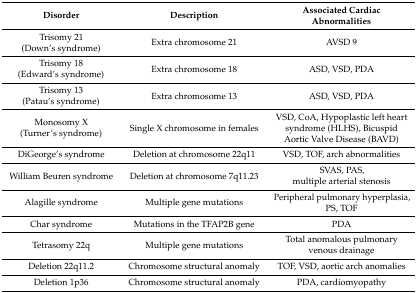
<table><thead><tr><td><b>Disorder</b></td><td><b>Description</b></td><td><b>Associated Cardiac Abnormalities</b></td></tr></thead><tbody><tr><td>Trisomy 21 (Down’s syndrome)</td><td>Extra chromosome 21</td><td>AVSD 9</td></tr><tr><td>Trisomy 18 (Edward’s syndrome)</td><td>Extra chromosome 18</td><td>ASD, VSD, PDA</td></tr><tr><td>Trisomy 13 (Patau’s syndrome)</td><td>Extra chromosome 13</td><td>ASD, VSD, PDA</td></tr><tr><td>Monosomy X (Turner’s syndrome)</td><td>Single X chromosome in females</td><td>VSD, CoA, Hypoplastic left heart syndrome (HLHS), Bicuspid Aortic Valve Disease (BAVD)</td></tr><tr><td>DiGeorge’s syndrome</td><td>Deletion at chromosome 22q11</td><td>VSD, TOF, arch abnormalities</td></tr><tr><td>William Beuren syndrome</td><td>Deletion at chromosome 7q11.23</td><td>SVAS, PAS, multiple arterial stenosis</td></tr><tr><td>Alagille syndrome</td><td>Multiple gene mutations</td><td>Peripheral pulmonary hyperplasia, PS, TOF</td></tr><tr><td>Char syndrome</td><td>Mutations in the TFAP2B gene</td><td>PDA</td></tr><tr><td>Tetrasomy 22q</td><td>Multiple gene mutations</td><td>Total anomalous pulmonary venous drainage</td></tr><tr><td>Deletion 22q11.2</td><td>Chromosome structural anomaly</td><td>TOF, VSD, aortic arch anomalies</td></tr><tr><td>Deletion 1p36</td><td>Chromosome structural anomaly</td><td>PDA, cardiomyopathy</td></tr></tbody></table>